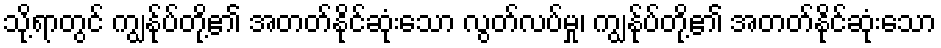
သို့ရာတွင် ကျွန်ုပ်တို့၏ အတတ်နိုင်ဆုံးသော လွတ်လပ်မှု၊ ကျွန်ုပ်တို့၏ အတတ်နိုင်ဆုံးသော